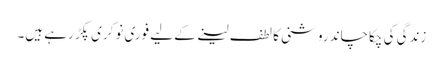
زندگی کی چکاچاند روشنی کا لطف لینے کے لیے فوری نوکری پکڑ رہے ہیں۔